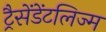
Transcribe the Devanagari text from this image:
ट्रैसेंडेंटलिज्म